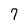
Character: 7